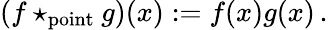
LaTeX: (f\star_{\mathrm{point}}g)(x):=f(x)g(x)\, .